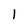
Character: I